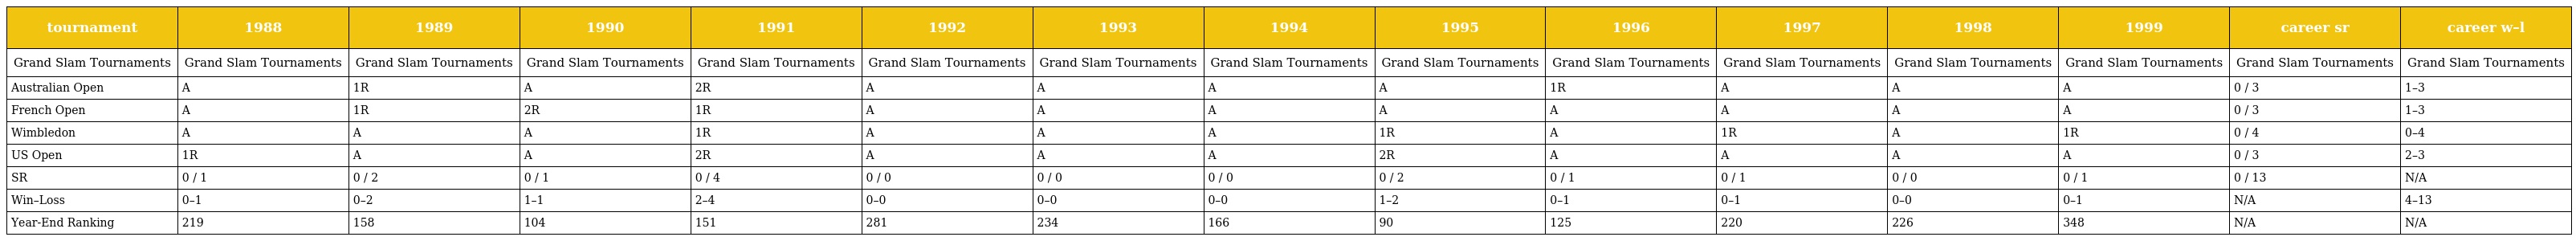
| tournament | 1988 | 1989 | 1990 | 1991 | 1992 | 1993 | 1994 | 1995 | 1996 | 1997 | 1998 | 1999 | career sr | career w–l |
 | --- | --- | --- | --- | --- | --- | --- | --- | --- | --- | --- | --- | --- | --- | --- |
 | Grand Slam Tournaments | Grand Slam Tournaments | Grand Slam Tournaments | Grand Slam Tournaments | Grand Slam Tournaments | Grand Slam Tournaments | Grand Slam Tournaments | Grand Slam Tournaments | Grand Slam Tournaments | Grand Slam Tournaments | Grand Slam Tournaments | Grand Slam Tournaments | Grand Slam Tournaments | Grand Slam Tournaments | Grand Slam Tournaments |
 | Australian Open | A | 1R | A | 2R | A | A | A | A | 1R | A | A | A | 0 / 3 | 1–3 |
 | French Open | A | 1R | 2R | 1R | A | A | A | A | A | A | A | A | 0 / 3 | 1–3 |
 | Wimbledon | A | A | A | 1R | A | A | A | 1R | A | 1R | A | 1R | 0 / 4 | 0–4 |
 | US Open | 1R | A | A | 2R | A | A | A | 2R | A | A | A | A | 0 / 3 | 2–3 |
 | SR | 0 / 1 | 0 / 2 | 0 / 1 | 0 / 4 | 0 / 0 | 0 / 0 | 0 / 0 | 0 / 2 | 0 / 1 | 0 / 1 | 0 / 0 | 0 / 1 | 0 / 13 | N/A |
 | Win–Loss | 0–1 | 0–2 | 1–1 | 2–4 | 0–0 | 0–0 | 0–0 | 1–2 | 0–1 | 0–1 | 0–0 | 0–1 | N/A | 4–13 |
 | Year-End Ranking | 219 | 158 | 104 | 151 | 281 | 234 | 166 | 90 | 125 | 220 | 226 | 348 | N/A | N/A |